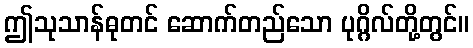
ဤသုသာန်ဓုတင် ဆောက်တည်သော ပုဂ္ဂိလ်တို့တွင်။